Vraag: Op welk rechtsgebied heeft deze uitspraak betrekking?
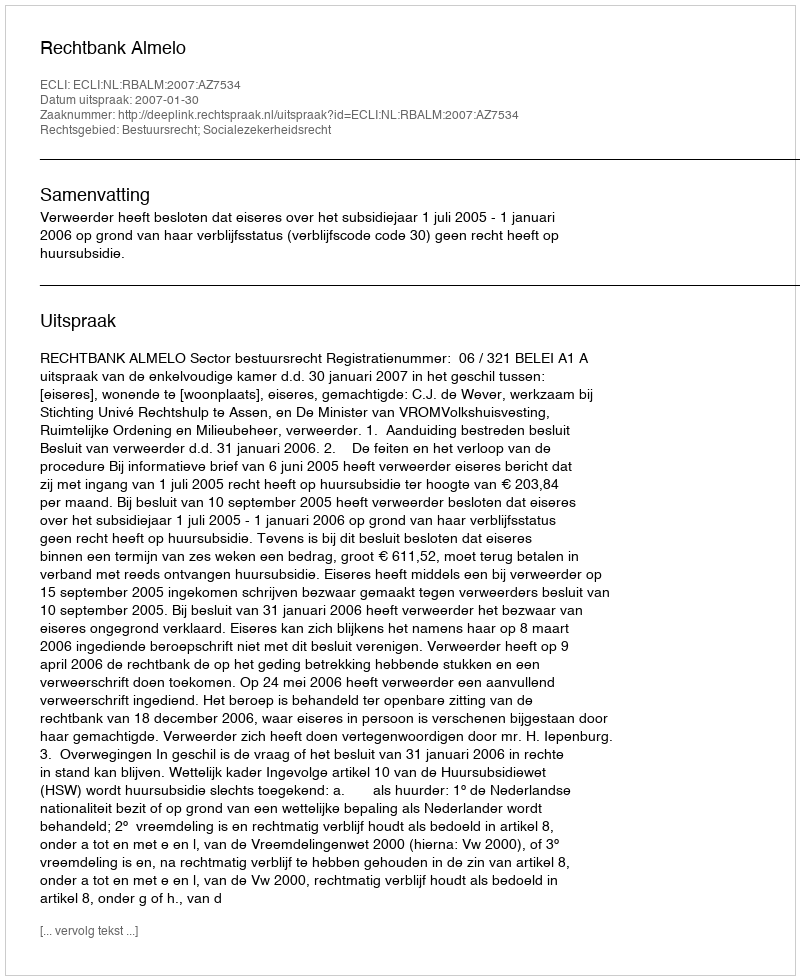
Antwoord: Bestuursrecht; Socialezekerheidsrecht